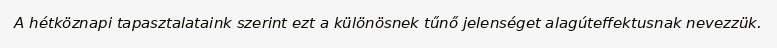
A hétköznapi tapasztalataink szerint ezt a különösnek tűnő jelenséget alagúteffektusnak nevezzük.